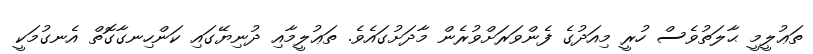
ތަޢުލީމީ ޙާލަތުވެސް ހުރީ މިއަދުގެ ފެންވަރަށްވުރެން މާދަށުގައެވެ. ތަޢުލީމާއި ދުނިޔޭގައި ކަންހިނގާގޮތް އެނގުމަކީ